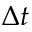
\Delta t